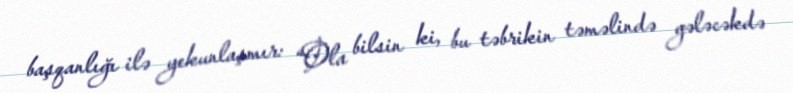
başqanlığı ilə yekunlaşmır: “Ola bilsin ki, bu təbrikin təməlində gələcəkdə